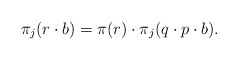
\begin{align*}\pi_j(r\cdot b)=\pi(r)\cdot \pi_j(q\cdot p\cdot b).\end{align*}